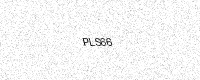
Text: PLS66